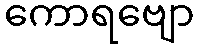
ကောရဗျော